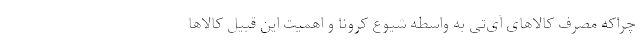
چراکه مصرف کالاهای آی‌تی به واسطه شیوع کرونا و اهمیت این قبیل کالاها